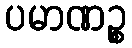
ပမာဏဉ္စ